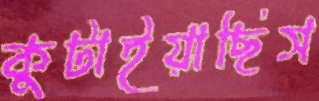
কুটাইয়াছিস